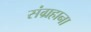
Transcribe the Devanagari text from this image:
संग्रहाना